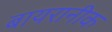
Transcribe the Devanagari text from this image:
बायरानीक